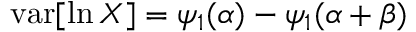
\operatorname { v a r } [ \ln X ] = \psi _ { 1 } ( \alpha ) - \psi _ { 1 } ( \alpha + \beta )